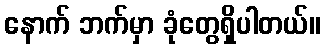
နောက် ဘက်မှာ ခုံတွေရှိပါတယ်။